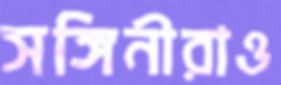
সঙ্গিনীরাও